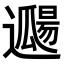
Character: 𨘖